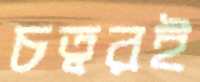
চত্বরই